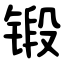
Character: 锻